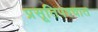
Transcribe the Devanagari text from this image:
प्रसूतिपश्चात